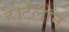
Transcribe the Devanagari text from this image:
है।टेलॉन